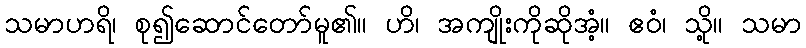
သမာဟရိ၊ စု၍ဆောင်တော်မူ၏။ ဟိ၊ အကျိုးကိုဆိုအံ့။ ဧဝံ၊ သို့။ သမာ